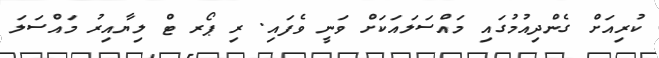
ކުރިއަށް ގެންދިއުމުގައި މައްސަލައަކަށް ވަނީ ވެފައި. ރި ޕޯރ ޓް ލިޔާއިރު މައްސަލަ